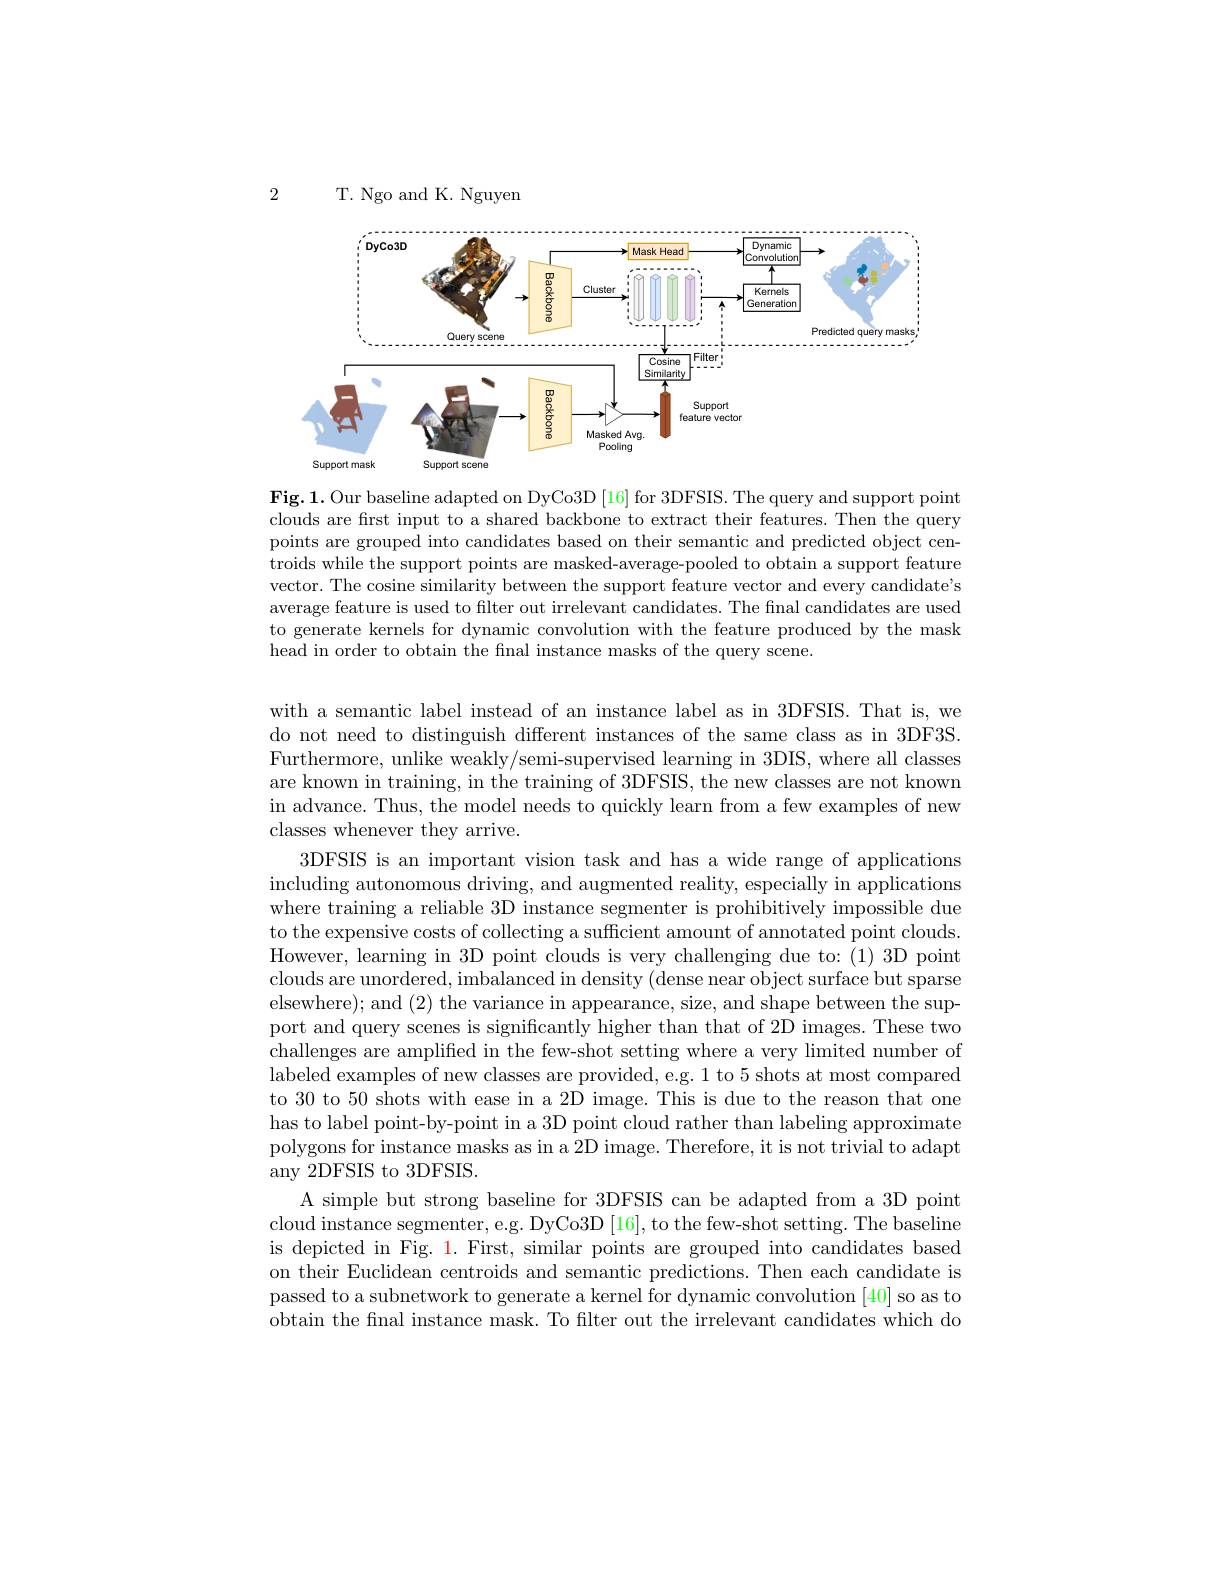
2

T. Ngo and K. Nguyen

<FigureHere>

Fig.1. Our baseline adapted on DyCo3D [16] for 3DFSIS. The query and support point clouds are first input to a shared backbone to extract their features. Then the query points are grouped into candidates based on their semantic and predicted object centroids while the support points are masked-average-pooled to obtain a support feature vector. The cosine similarity between the support feature vector and every candidate's average feature is used to filter out irrelevant candidates. The final candidates are used to generate kernels for dynamic convolution with the feature produced by the mask head in order to obtain the fnal instance masks of the query scene.

with a semantic label instead of an instance label as in 3DFSIS. That is, we do not need to distinguish different instances of the same class as in 3DF3S. Furthermore, unlike weakly/semi-supervised learning in 3DIS, where all classes are known in training, in the training of 3DFSIS, the new classes are not known in advance. Thus, the model needs to quickly learn from a few examples of new classes whenever they arrive.
3DFSIS is an important vision task and has a wide range of applications including autonomous driving, and augmented reality, especially in applications where training a reliable 3D instance segmenter is prohibitively impossible due to the expensive costs of collecting a sufficient amount of annotated point clouds. However, learning in 3D point clouds is very challenging due to: (1) 3D point clouds are unordered, imbalanced in density (dense near object surface but sparse elsewhere); and (2) the variance in appearance, size, and shape between the support and query scenes is significantly higher than that of 2D images. These two challenges are amplified in the few-shot setting where a very limited number of labeled examples of new classes are provided, e.g. 1 to 5 shots at most compared to 30 to 50 shots with ease in a 2D image. This is due to the reason that one has to label point-by-point in a 3D point cloud rather than labeling approximate polygons for instance masks as in a 2D image. Therefore, it is not trivial to adapt any 2DFSIS to 3DFSIS.
A simple but strong baseline for 3DFSIS can be adapted from a 3D point cloud instance segmenter, e.g. DyCo3D [16], to the few-shot setting. The baseline is depicted in Fig. 1. First, similar points are grouped into candidates based on their Euclidean centroids and semantic predictions. Then each candidate is passed to a subnetwork to generate a kernel for dynamic convolution [40] so as to obtain the fnal instance mask. To filter out the irrelevant candidates which do